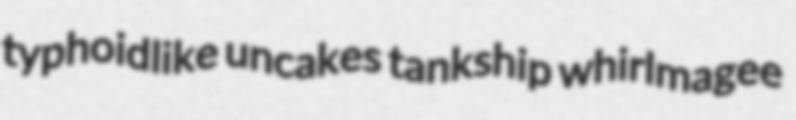
typhoidlike uncakes tankship whirlmagee